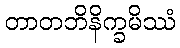
တာတဘိနိက္ခမိဿံ